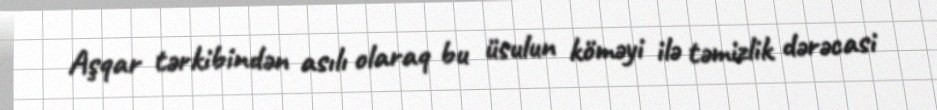
Aşqar tərkibindən asılı olaraq bu üsulun köməyi ilə təmizlik dərəcasi